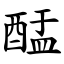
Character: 䣿